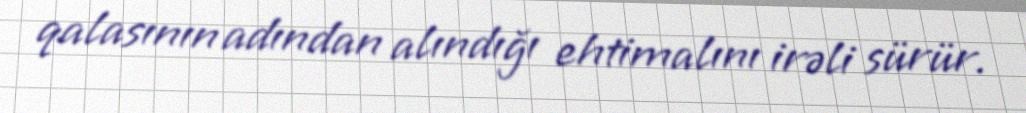
qalasının adından alındığı ehtimalını irəli sürür.